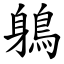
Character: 鵢